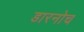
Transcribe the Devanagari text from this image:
डारनोच